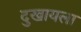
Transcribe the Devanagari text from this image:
दुखायला